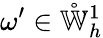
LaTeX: \omega^{\prime}\in\mathring{\mathbb{W}}_{h}^{1}